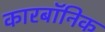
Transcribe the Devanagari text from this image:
कारबॉनिक